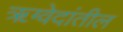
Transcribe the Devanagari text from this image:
ॠग्वेदांतील